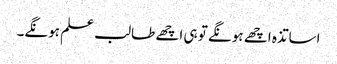
اساتذہ اچھے ہونگے تو ہی اچھے طالب علم ہونگے۔